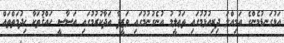
އަޅުގަނޑުމެންގެ އަމިއްލަ ދިރިއުޅުމުގައި ތަޢުލީމު އުނެގުނުމުގައި ވަޒީފާ އަދާކުރުމުގައި އަސާސީ ޙައްޤުތަކާ ޚިދުމަތްތައް